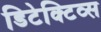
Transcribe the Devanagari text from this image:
डिटेक्टिव्स